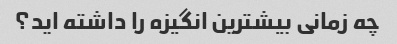
چه زمانی بیشترین انگیزه را داشته اید؟